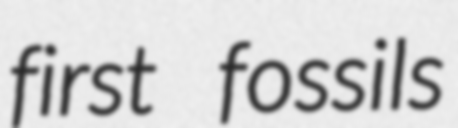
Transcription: first fossils